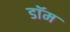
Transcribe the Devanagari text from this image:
डाॅम